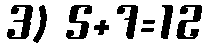
3) 5+7=12